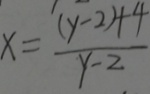
x = \frac { ( y - 2 ) + 4 } { y - 2 }